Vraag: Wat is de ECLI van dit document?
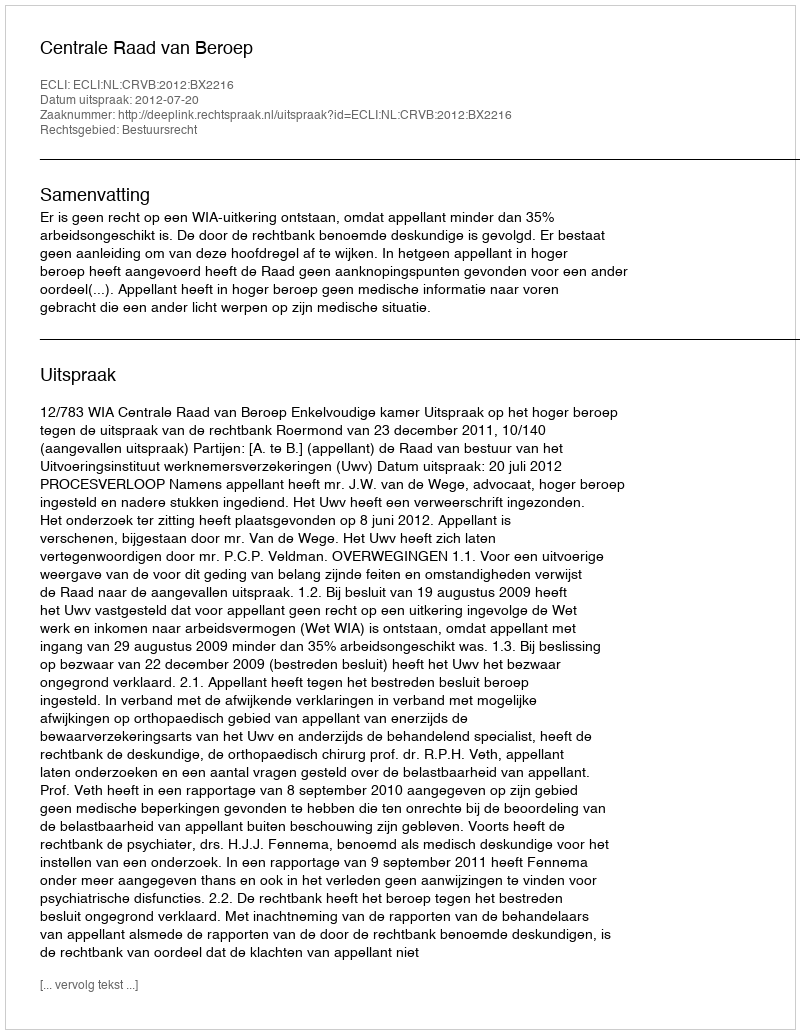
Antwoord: ECLI:NL:CRVB:2012:BX2216